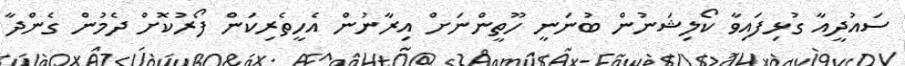
ސައުދީއާ ގުޅިފައިވާ ކޯލިޝަނުން ބުނަނީ ހޫތީންނަށް އިރާނުން އެހީތެރިކަން ފޯރުކޮށް ދެމުން ގެންދާ